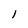
Character: l